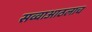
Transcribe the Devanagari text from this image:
सव्वाआठलाच